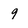
Character: 9